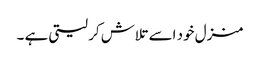
منزل خود اسے تلاش کر لیتی ہے ۔